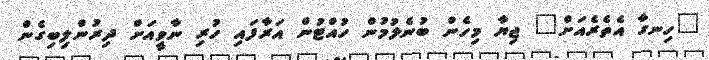
"ހިނގާ އެތެރެއަށް" ޖިޔާ މިހެން ބުނެލުމުން ހުއްޓުން އަރާފައި ހުރި ނާވީއަށް ދިރުންލިބިގެން